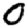
Digit: 0